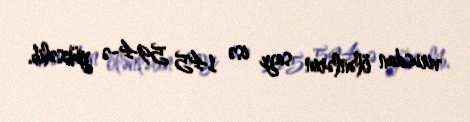
virusdan ölənlərin sayı isə 145 594-ə yüksəlib.